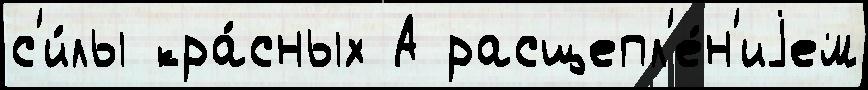
с'и́лы кра́сных А расщепл'е́н'иjем